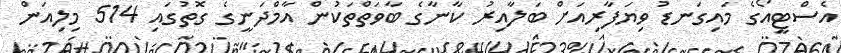
އެސްޓީއޯގެ މައިގަނޑު ވިޔަފާރިއަށް ބަލާއިރު ކާނާގެ ބާވަތްތަކުން އާމްދަނީގެ ގޮތުގައި 514 މިލިއަން